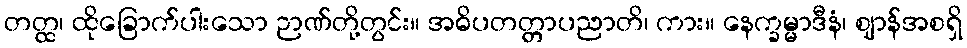
တတ္ထ၊ ထိုခြောက်ပါးသော ဉာဏ်တို့တွင်း။ အဓိပတတ္တာပညာတိ၊ ကား။ နေက္ခမ္မာဒီနံ၊ ဈာန်အစရှိ